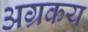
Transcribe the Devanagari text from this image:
अग्रकय